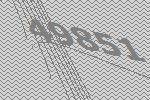
49851